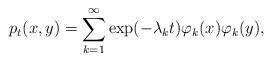
LaTeX: \begin{align*} p_t(x,y) = \sum_{k=1}^\infty \exp(-\lambda_k t) \varphi_k(x) \varphi_k(y) ,\end{align*}